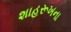
શાહરૂખના